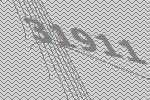
31911